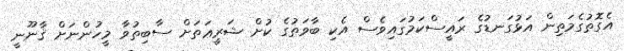
އެގޮތުގެމަތިން އަޅުގަނޑުގެ ރައީސްކަމުގައިވެސް އެކި ބާވަތުގެ ކުށް ޝަރީޢަތަށް ސާބިތުވާ މީހުންނަށް ޤާނޫނީ